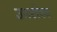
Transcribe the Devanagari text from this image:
उतरोत्तर